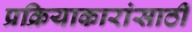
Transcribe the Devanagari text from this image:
प्रक्रियाकारांसाठी